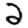
Digit: 2